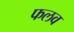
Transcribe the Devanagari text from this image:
फलव